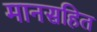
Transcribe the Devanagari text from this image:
मानसहित